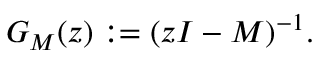
G _ { M } ( z ) : = ( z I - M ) ^ { - 1 } .